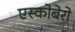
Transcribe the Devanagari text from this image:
एस्कोबेरो